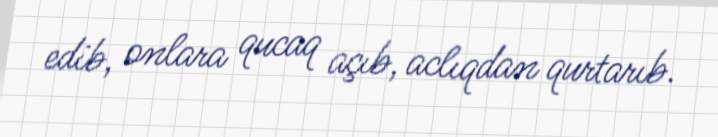
edib, onlara qucaq açıb, aclıqdan qurtarıb.